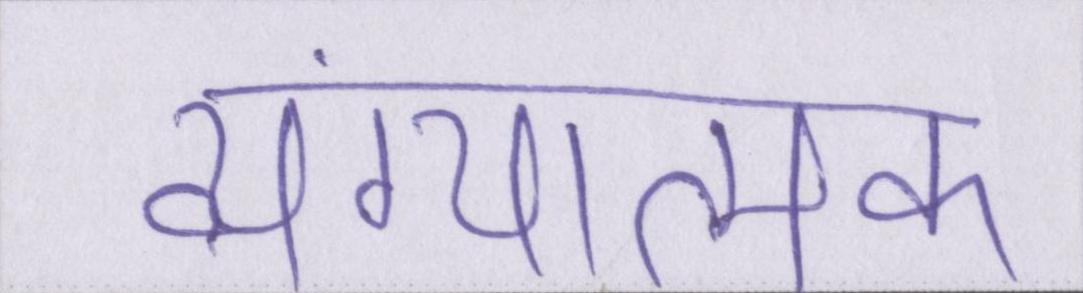
व्यंग्यात्मक